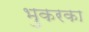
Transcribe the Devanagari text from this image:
भुकरका